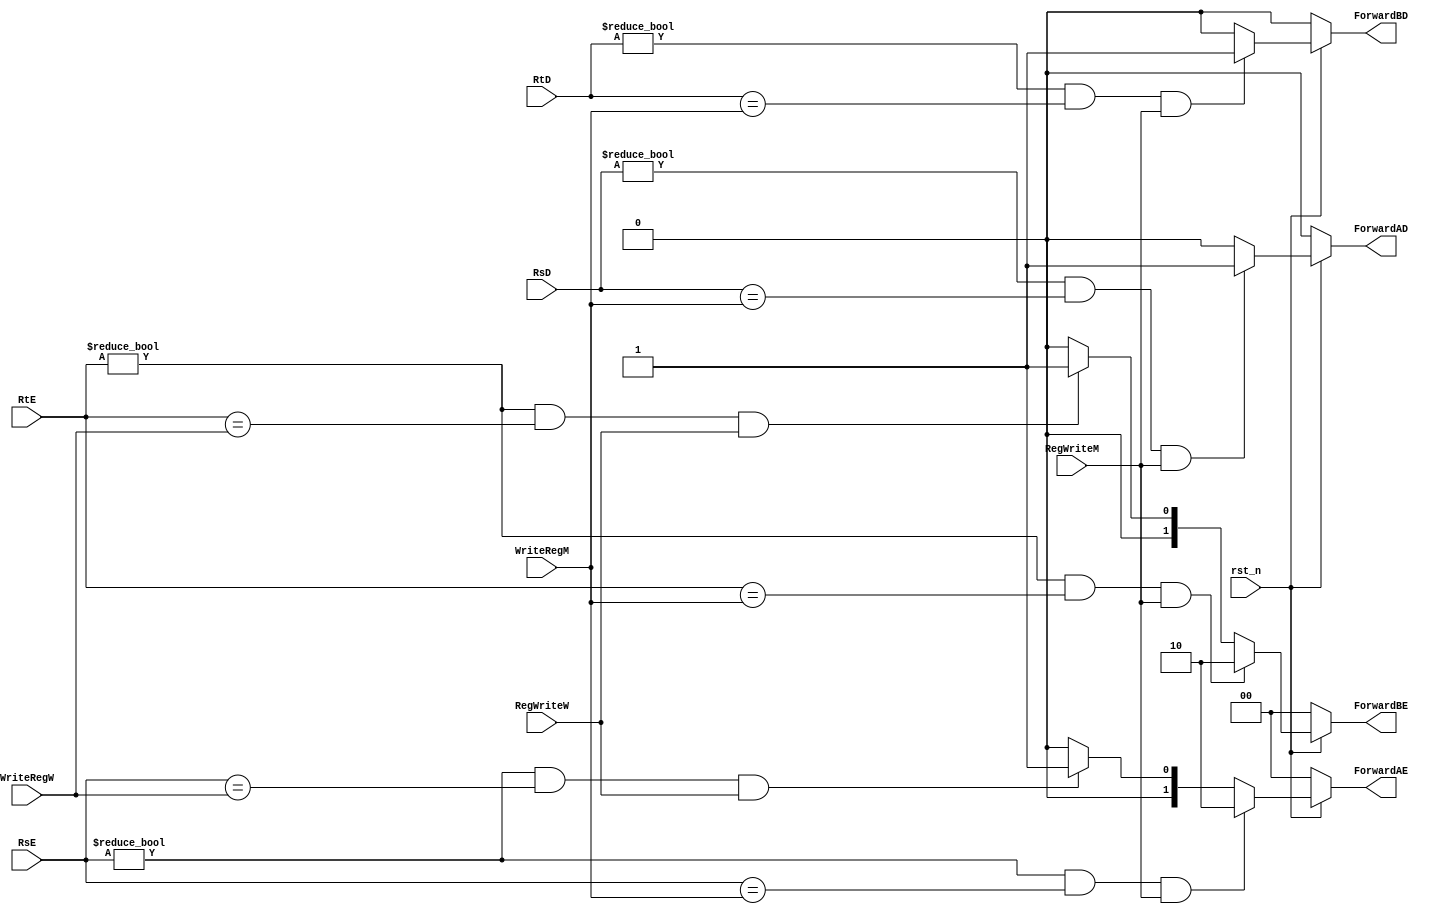
module Forward_Unit(
    // System Clock
    input        rst_n,

    // User Interface
    input       [4:0]   RsE,
    input       [4:0]   RtE,
    input       [4:0]   RsD,
    input       [4:0]   RtD,
    input       [4:0]   WriteRegM,
    input       [4:0]   WriteRegW,
    input               RegWriteM,
    input               RegWriteW,

    output  reg [1:0]   ForwardAE,
    output  reg [1:0]   ForwardBE,
    output  reg         ForwardAD,
    output  reg         ForwardBD
);


    always @(*) begin
        if (~rst_n) begin
            ForwardAE = 2'b00;
        end
        else begin
            // RsE != Reg0 ($0) : no need to use bypass when RsE is $0
            // RsE == WriteRegM : the hazard is happened in EX/MEM.RegisterRd = ID/EX.RegisterRs
            if ((RsE != 0) && (RsE == WriteRegM) && RegWriteM) begin
                // the first ALU Operand come from last ALU calculate result
                ForwardAE = 2'b10;
            end
            // RsE == WriteRegW : the hazard is happened in MEM/WB.RegisterRd = ID/EX.RegisterRs
            else if ((RsE != 0) && (RsE == WriteRegW) && RegWriteW) begin
                // the first ALU Operand come from last ALU calculate result or Memory data
                ForwardAE = 2'b01;
            end
            else
                ForwardAE = 2'b00;
        end
    end

    always @(*) begin
        if (~rst_n) begin
            ForwardBE = 2'b00;
        end
        else begin
            // RtE != Reg0 ($0) : no need to use bypass when RtE is $0
            // RtE == WriteRegM : the hazard is happened in EX/MEM.RegisterRd = ID/EX.RegisterRt
            if ((RtE != 0) && (RtE == WriteRegM) && RegWriteM) begin
                // the first ALU Operand come from last ALU calculate result
                ForwardBE = 2'b10;
            end
            // RtE == WriteRegW : the hazard is happened in MEM/WB.RegisterRd = ID/EX.RegisterRt
            else if ((RtE != 0) && (RtE == WriteRegW) && RegWriteW) begin
                // the first ALU Operand come from last ALU calculate result or Memory data
                ForwardBE = 2'b01;
            end
            else
                ForwardBE = 2'b00;
        end
    end
    // RegWriteM && (WriteRegM != 0) && (WriteRegM != RsE)

    always @(*) begin
        if (~rst_n) begin
            ForwardAD = 1'b0;
        end
        else if ((RsD != 0) && (RsD == WriteRegM) && RegWriteM) begin
            ForwardAD = 1'b1;
        end
        else begin
            ForwardAD = 1'b0;
        end
    end

    always @(*) begin
        if (~rst_n) begin
            ForwardBD = 1'b0;
        end
        else if ((RtD != 0) && (RtD == WriteRegM) && RegWriteM) begin
            ForwardBD = 1'b1;
        end
        else begin
            ForwardBD = 1'b0;
        end
    end

    // addi Hazard: EX/MEM.RegisterRd = 
endmodule